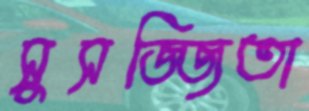
সুসজ্জিতা